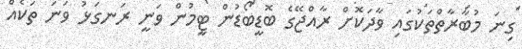
ގިނަ މުބާރާތްތަކުގައި ވާދަކޮށް ރާއްޖޭގެ ބޮޑީބޯޑުުން ޓީމުން ވަނީ ރަނގަޅު ވަނަ ތަކެއް